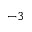
^ { - 3 }